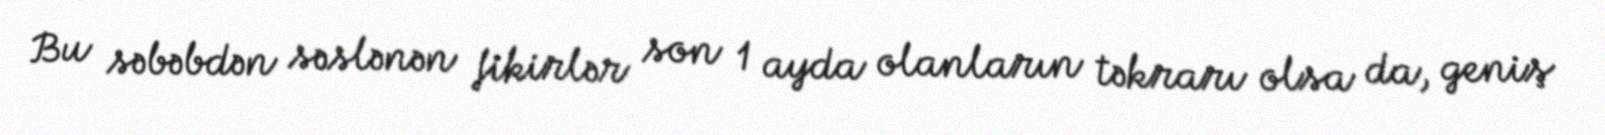
Bu səbəbdən səslənən fikirlər son 1 ayda olanların təkrarı olsa da, geniş